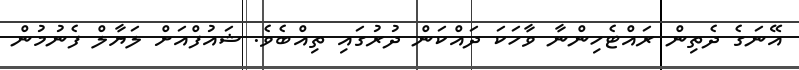
އޭނަގެ ދެތިން ރައްޓެހިންނާ ވާހަކަ ދައްކަން ދުރުގައި ތިއްބެވެ. ޝައުފްއަށް ލަޔާލް ފެނުމުން